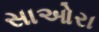
સાઓરા